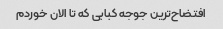
افتضاح‌ترین جوجه کبابی که تا الان خوردم